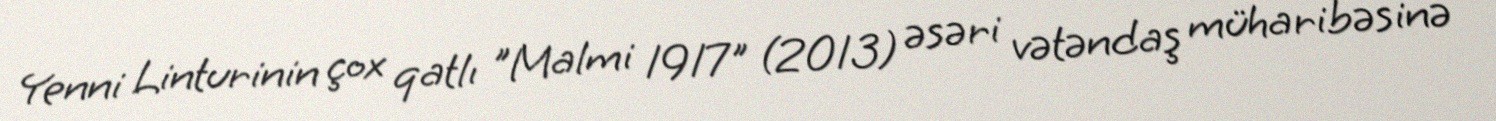
Yenni Linturinin çox qatlı "Malmi 1917" (2013) əsəri vətəndaş müharibəsinə